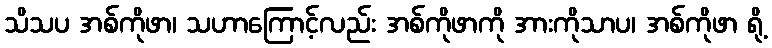
သိသပ အစ်ကိုဖာ၊ သဟာကြောင့်လည်း အစ်ကိုဖာကို အားကိုသာပ၊ အစ်ကိုဖာ ရို့